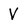
Character: V